Annual statistical returns and brief notes on vaccination in Bengal - 1909-1929
Year: 1909
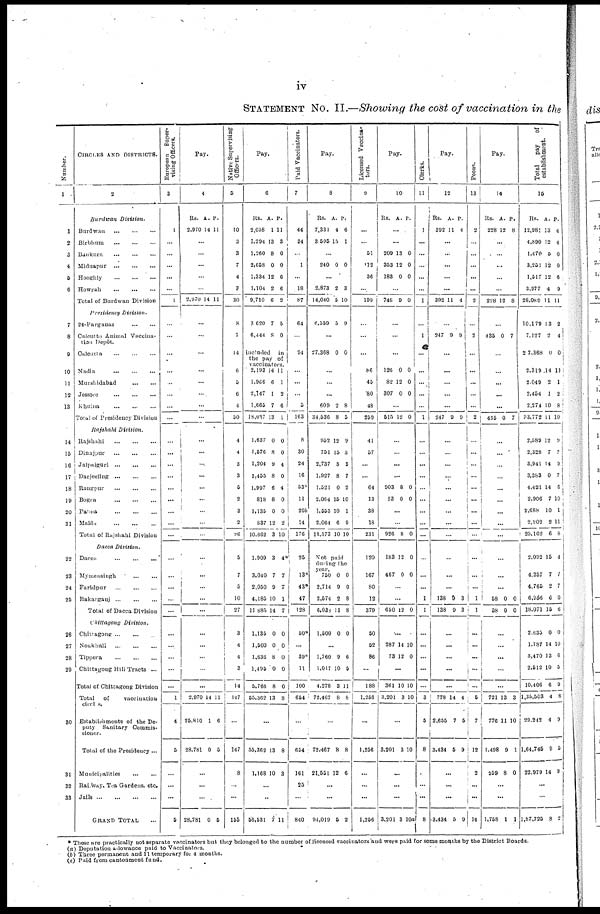
iv
STATEMENT NO. II.—Showing the cost of vaccination in the
Number.
1
1
2
3
4
5
6
7
8
9
10
11
13
13
14
15
16
17
18
19
20
21
22
23
24
25
26
27
28
29
30
31
32
33
CIRCLES AND DISTRICTS.
2
Burdwan
Division.
Burdwan
...
...
...
Birbhum
...
...
...
Bankura ... ... ...
Midnapur
...
...
...
Hooghly
...
...
...
Howrah
...
...
...
Total of Burdwan Division
Presidency
Division.
24-Parganas ... ... ...
Calcutta Animal Vaccina-
tion Depôt.
Calcutta
...
...
...
Nadia
...
...
...
Murshidabad
...
...
Jessore
...
...
...
Khulna
...
...
...
Total of Presidency Division
Rajshahi
Division.
Rajshahi
...
...
...
Dinajpur
...
...
...
Jalpaiguri
...
...
...
Darjeeling
...
...
...
Rangpur
...
...
...
Bogra
...
...
...
Pabna
...
...
...
Majda
...
...
...
Total of Rajshahi Division
Dacca Division.
Dacca
...
...
...
Mymensingh
...
...
Faridpur
...
...
...
Bakarganj
...
...
...
Total of Dacca Division
chittagong
Division.
Chittagong ... ... ...
Noakhali
...
...
...
Tippera
...
...
...
Chittagong Hill Tracts ...
Total of Chittagong Division
Total
of
vaccination
circles.
Establishments of the De-
puty Sanitary Commis-
sioner.
Total of the Presidency ...
Municipalities
...
...
Railway Tea Gardens, etc.
Jails
...
...
...
...
GRAND TOTAL ...
European Super-
vising Officers.
3
1
...
...
...
...
...
1
...
...
...
...
...
...
...
...
...
...
...
...
...
...
...
...
...
...
...
...
...
...
...
...
...
...
...
1
4
5
...
...
...
5
Pay.
4
Rs.
2,970
A.
14
P.
11
...
...
...
...
...
2,970 14 11
...
...
...
...
...
...
...
...
...
...
...
...
...
...
...
...
...
...
...
...
...
...
...
...
...
...
...
3,970
26,810
28,781
14
1
0
11
6
5
...
...
...
28,781 0 5
Native Supervising
Officers.
5
10
3
3
7
4
3
30
8
7
14
6
5
6
4
50
4
4
3
3
5
2
3
2
26
5
7
5
10
27
3
4
4
3
14
147
...
147
8
...
...
155
Pay.
6
Rs.
2,058
1,294
1,260
2,658
1,334
1,104
9,710
A.
1
13
8
0
12
2
6
P.
11
3
0
0
6
6
2
3,620
6,444
7
8
5
0
included in
the pay of
vaccinators.
2,193
1,966
2,147
1,665
18,037
14
6
1
7
13
11
1
2
6
1
1,637
1,576
1,204
1,455
1,997
818
1,135
837
10,662
0
8
9
8
6
8
0
12
3
0
0
4
0
4
0
0
2
10
1,909
3,040
2,050
4,185
11,885
1,135
1,500
1,636
1,495
5,766
55,362
3
7
9
10
14
0
0
8
0
8
13
4*
7
7
1
7
0
0
0
0
0
8
...
55,362
1,168
13
10
8
3
...
...
56,531 7
11
Paid Vaccinators.
7
44
24
...
1
...
18
87
64
...
94
...
...
...
5
163
8
30
24
16
53*
11
20b
14
176
25
13*
43*
47
128
50*
...
39*
11
100
654
...
654
161
25
...
840
Pay.
8
Rs.
7,331
3,595
A.
4
15
P.
6
1
...
240 0 0
...
2,873
14,040
2
5
3
10
6,559 5 9
...
27,368 0 0
...
...
...
609
34,536
2
8
8
5
952
751
2,737
1,927
1,521
2,064
1,553
2,064
13,573
12
15
5
8
0
15
10
6
10
9
3
5
7
2
10
1
9
10
Not paid
during the
year.
750
2,714
2,574
6,030
0
9
2
11
0
0
8
8
1,500 0 0
...
1,760
1,017
4,278
72,467
9
10
3
8
6
5
11
8
...
72,467
21,551
8
12
8
6
...
...
94,019 5 2
Licensed Vaccina-
tors.
9
...
...
51
112
36
...
199
...
...
...
86
45
80
48
259
41
57
...
...
64
13
38
18
231
120
167
80
12
379
50
52
86
...
188
1,256
...
1,256
...
...
...
1,256
Pay.
10
Rs. A. P.
...
...
209
353
183
13
12
0
0
0
0
...
746 9 0
...
...
...
126
82
307
0
12
0
0
0
0
...
515 12 0
...
...
...
...
903
23
8
0
0
0
...
...
926 8 0
183
467
12
0
0
0
...
...
650 12 0
...
287
73
14
12
10
0
...
361
3,201
10
3
10
10
...
3,201 3 10
...
...
...
3,201 3 10a
Clerks.
11
1
...
...
...
...
...
1
...
1
...
...
...
...
...
1
...
...
...
...
...
...
...
...
...
...
...
...
1
1
...
...
...
...
...
3
5
8
...
...
...
8
Pay.
12
Rs.
392
A.
11
P.
4
...
...
...
...
...
392 11 4
...
247 9 9
...
...
...
...
...
247 9 9
...
...
...
...
...
...
...
...
...
...
...
...
138
138
9
9
3
3
...
...
...
...
...
778
2,655
3,434
14
7
5
4
5
9
...
...
...
3,434 5 9
Peons.
13
2
...
...
...
...
...
2
...
2
...
...
...
...
...
2
...
...
...
...
...
...
...
...
...
...
...
...
1
1
...
...
...
...
...
5
7
12
2
...
...
14
Pay.
14
Rs.
228
A.
12
P.
8
...
...
...
...
...
228 12 8
...
435 0 7
...
...
...
...
...
435 0 7
...
...
...
...
...
...
...
...
...
...
...
...
58
58
0
0
0
0
...
...
...
...
...
721
776
1,498
259
13
11
9
8
3
10
1
0
...
...
1,758 1 1
Total
pay
of
establishment.
15
Rs.
12,981
4,890
1,470
3,251
1,517
3,977
28,089
10,179
7,127
27,368
2,319
2,049
2,454
2,274
53,772
A.
13
12
5
12
12
4
11
13
2
0
14
2
1
10
11
P.
4
4
0
0
6
9
11
2
4
0
11
1
2
8
10
2,589
2,328
3,941
3,383
4,421
2,906
2,688
2,902
25,162
12
7
14
0
14
7
10
2
6
9
2
9
7
6
10
1
11
8
2,092
4,257
4,765
6,956
18,071
15
7
2
6
15
4
7
7
0
6
2,635
1,787
3,470
2,512
10,406
1,35,503
29,242
1,64,745
22,979
0
14
13
10
6
4
4
9
14
0
10
6
6
9
8
9
5
9
...
...
1,87,725 8 2
* These are practically not separate vaccinators but they belonged to the number of licensed vaccinators and were paid for some months by the District Boards.
(a) Deputation allowance paid to Vaccinators.
(b) Three permanent and 11 temporary for 4 months.
(c) Paid from cantonment fund.